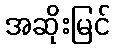
အဆိုးမြင်